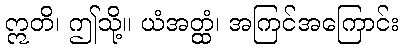
ဣတိ၊ ဤသို့။ ယံအတ္ထံ၊ အကြင်အကြောင်း